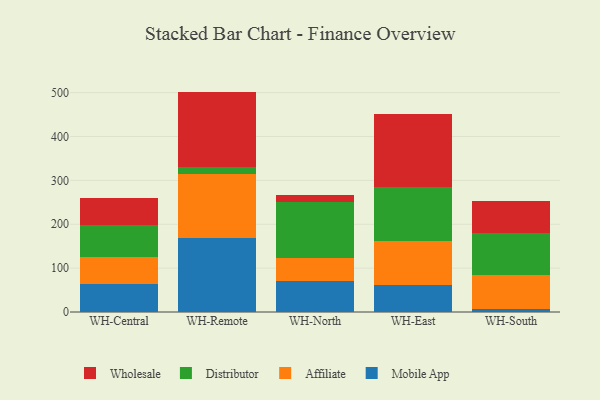
{"axis": {"x": "Warehouse", "y": "Demand Index"}, "legend": ["Affiliate", "Distributor", "Mobile App", "Wholesale"], "data": [{"x": "WH-Central", "y": 63.7, "type": "Mobile App"}, {"x": "WH-Central", "y": 60.6, "type": "Affiliate"}, {"x": "WH-Central", "y": 74.8, "type": "Distributor"}, {"x": "WH-Central", "y": 60.8, "type": "Wholesale"}, {"x": "WH-Remote", "y": 168.2, "type": "Mobile App"}, {"x": "WH-Remote", "y": 147.1, "type": "Affiliate"}, {"x": "WH-Remote", "y": 15.7, "type": "Distributor"}, {"x": "WH-Remote", "y": 171.4, "type": "Wholesale"}, {"x": "WH-North", "y": 69.7, "type": "Mobile App"}, {"x": "WH-North", "y": 53.7, "type": "Affiliate"}, {"x": "WH-North", "y": 126.6, "type": "Distributor"}, {"x": "WH-North", "y": 16.7, "type": "Wholesale"}, {"x": "WH-East", "y": 61.0, "type": "Mobile App"}, {"x": "WH-East", "y": 100.7, "type": "Affiliate"}, {"x": "WH-East", "y": 123.7, "type": "Distributor"}, {"x": "WH-East", "y": 167.0, "type": "Wholesale"}, {"x": "WH-South", "y": 7.8, "type": "Mobile App"}, {"x": "WH-South", "y": 77.4, "type": "Affiliate"}, {"x": "WH-South", "y": 95.4, "type": "Distributor"}, {"x": "WH-South", "y": 71.3, "type": "Wholesale"}]}